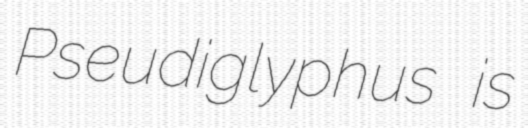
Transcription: Pseudiglyphus is